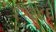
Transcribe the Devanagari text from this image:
११२८६